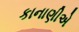
કાનાણીએ